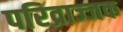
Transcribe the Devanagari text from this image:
परिव्राज्जक